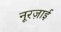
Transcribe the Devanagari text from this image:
नूरज़ाई